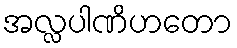
အလ္လပါဏိဟတော